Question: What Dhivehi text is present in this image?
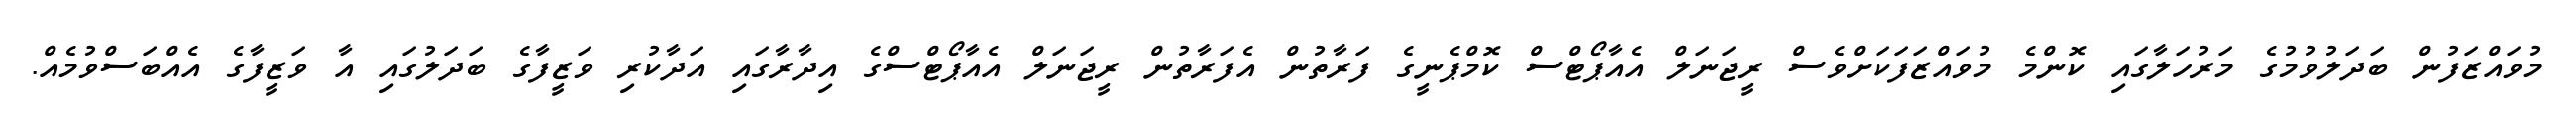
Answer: މުވައްޒަފުން ބަދަލުވުމުގެ މަރުހަލާގައި ކޮންމެ މުވައްޒަފަކަށްވެސް ރީޖަނަލް އެއާޕޯޓްސް ކޮމްޕެނީގެ ފަރާތުން އެފަރާތުން ރީޖަނަލް އެއާޕޯޓްސްގެ އިދާރާގައި އަދާކުރި ވަޒީފާގެ ބަދަލުގައި އާ ވަޒީފާގެ އެއްބަސްވުމެއް.